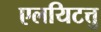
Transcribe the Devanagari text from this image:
एलयिटत्तु